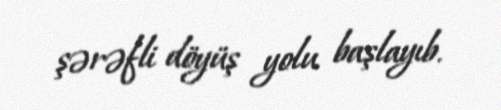
şərəfli döyüş yolu başlayıb.